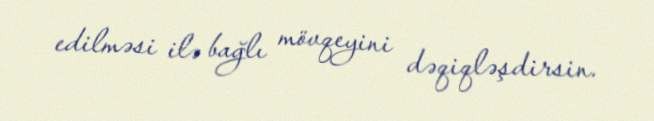
edilməsi ilə bağlı mövqeyini dəqiqləşdirsin.